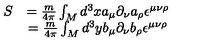
\begin{array} { l c r } { S } & { = { \frac { m } { 4 \pi } } \int _ { M } { d ^ { 3 } x } a _ { \mu } \partial _ { \nu } a _ { \rho } \epsilon ^ { \mu \nu \rho } } \\ { } & { = { \frac { m } { 4 \pi } } \int _ { M } { d ^ { 3 } y } b _ { \mu } \partial _ { \nu } b _ { \rho } \epsilon ^ { \mu \nu \rho } } \\ \end{array}